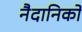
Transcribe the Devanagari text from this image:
नैदानिकों